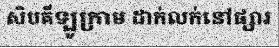
សិបគីឡូក្រាម ដាក់លក់នៅផ្សារ